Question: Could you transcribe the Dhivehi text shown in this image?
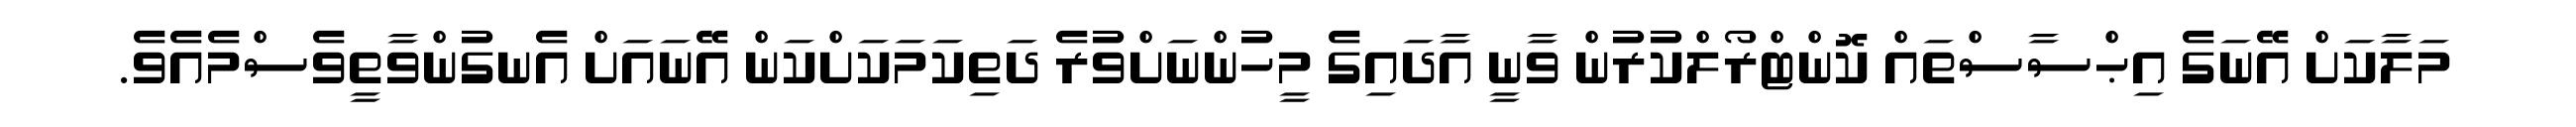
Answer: މަލާކަށް އޭނަގެ އިޙްސާސްތައް ކޮންޓްރޯލްކުރުން ވާނީ އާދައިގެ މީހުންނަށްވުރެ ދަތިކަމަކަށްކަން އޭނައަށް އެނގުންވާތީވެސްމެއެވެ.